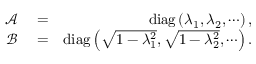
\begin{array} { r l r } { \mathcal { A } } & { { } = } & { \operatorname { d i a g } \left( \lambda _ { 1 } , \lambda _ { 2 } , \cdots \right) , } \\ { \mathcal { B } } & { { } = } & { \operatorname { d i a g } \left( \sqrt { 1 - \lambda _ { 1 } ^ { 2 } } , \sqrt { 1 - \lambda _ { 2 } ^ { 2 } } , \cdots \right) . } \end{array}